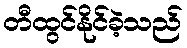
တီထွင်နိုင်ခဲ့သည်